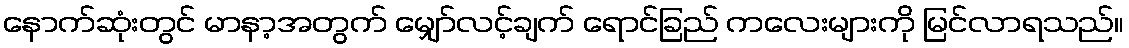
နောက်ဆုံးတွင် မာနာ့အတွက် မျှော်လင့်ချက် ရောင်ခြည် ကလေးများကို မြင်လာရသည်။